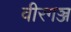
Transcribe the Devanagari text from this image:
वीरगञ्ज